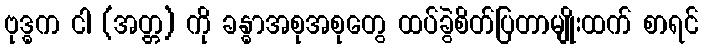
ဗုဒ္ဓက ငါ (အတ္တ) ကို ခန္ဓာအစုအစုတွေ ထပ်ခွဲစိတ်ပြတာမျိုးထက် စာရင်